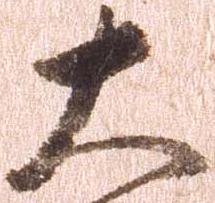
大